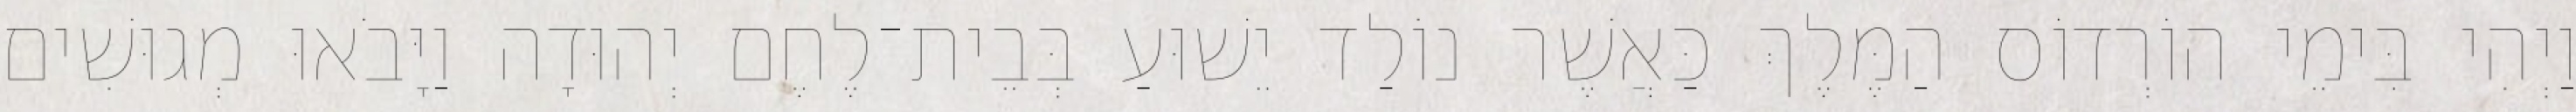
וַיְהִי בִּימֵי הוֹרְדוֹס הַמֶּלֶךְ כַּאֲשֶׁר נוֹלַד יֵשׁוּעַ בְּבֵית־לֶחֶם יְהוּדָה וַיָּבֹאוּ מְגוּשִׁים